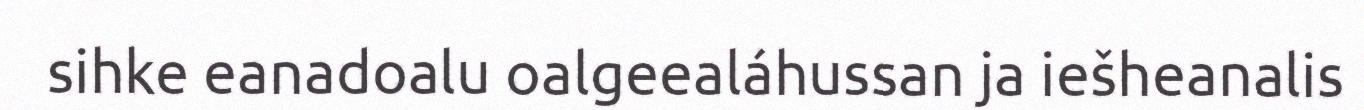
sihke eanadoalu oalgeealáhussan ja iešheanalis